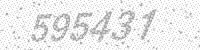
Solution: 595431